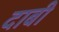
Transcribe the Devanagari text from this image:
दाबी